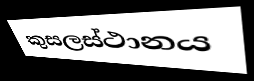
කුසලස්ථානය